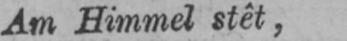
Am Himmel stêt,